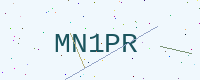
Text: MN1PR